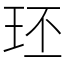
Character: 㺽